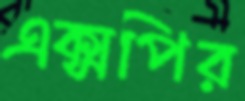
এক্সপির